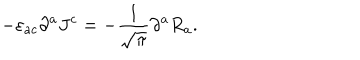
- \varepsilon _ { a c } \partial ^ { a } J ^ { c } = - \frac { 1 } { \sqrt { \pi } } \partial ^ { a } R _ { a } .